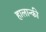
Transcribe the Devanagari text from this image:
हालान्की